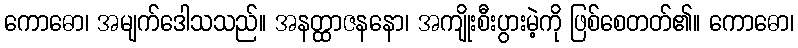
ကောဓော၊ အမျက်ဒေါသသည်။ အနတ္ထာဇနနော၊ အကျိုးစီးပွားမဲ့ကို ဖြစ်စေတတ်၏။ ကောဓော၊